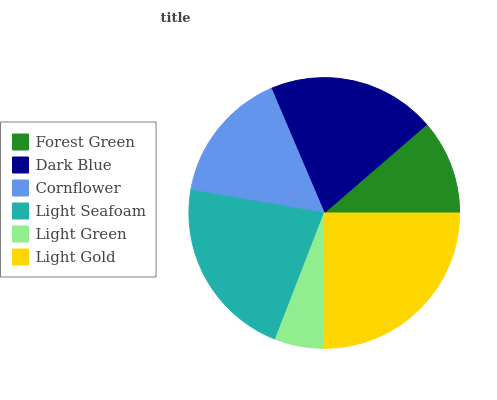
| Forest Green | Dark Blue | Cornflower | Light Seafoam | Light Green | Light Gold |
 | --- | --- | --- | --- | --- | --- |
 | 11.3% | 20.1% | 15.9% | 21.8% | 5.86% | 25% |